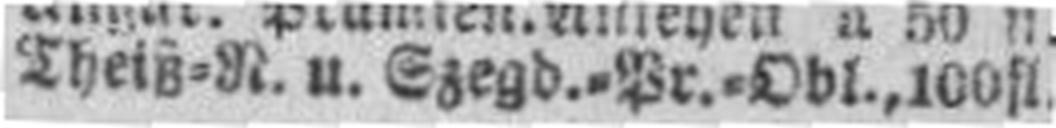
Theiß=N. u. Szegd.=Pr.=Obl., 100 fl.